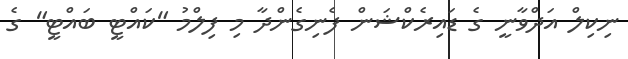
ނިކިލް އަދްވާނީ ގެ ޑައިރެކްޝަން ފެނިގެންދާ މި ފިލްމު "ކައްޓީ ބައްޓީ" ގެ